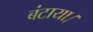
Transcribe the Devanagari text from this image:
बंटाया।